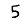
Digit: 5